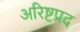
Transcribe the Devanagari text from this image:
अरिष्टप्रद